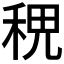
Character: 𥞷